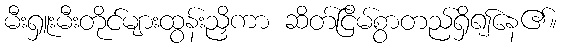
မီးရှူးမီးတိုင်များထွန်းညှိကာ ဆိတ်ငြိမ်စွာတည်ရှိ၍နေ၏။